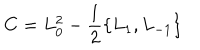
C = L _ { 0 } ^ { 2 } - \frac { 1 } { 2 } \{ L _ { 1 } , L _ { - 1 } \}